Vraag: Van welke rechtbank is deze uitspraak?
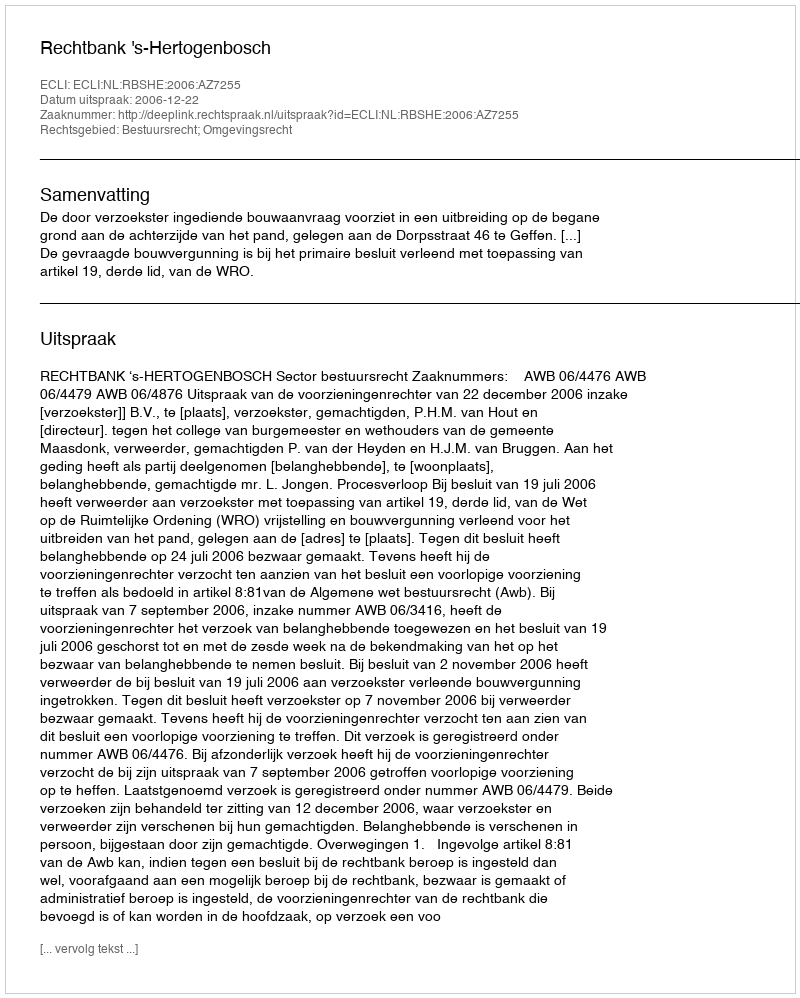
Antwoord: Rechtbank 's-Hertogenbosch